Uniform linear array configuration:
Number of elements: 4
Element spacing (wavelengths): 0.5
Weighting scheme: hann
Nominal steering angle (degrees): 0
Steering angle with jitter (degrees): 0.952
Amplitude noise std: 0.05
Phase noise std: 0.05

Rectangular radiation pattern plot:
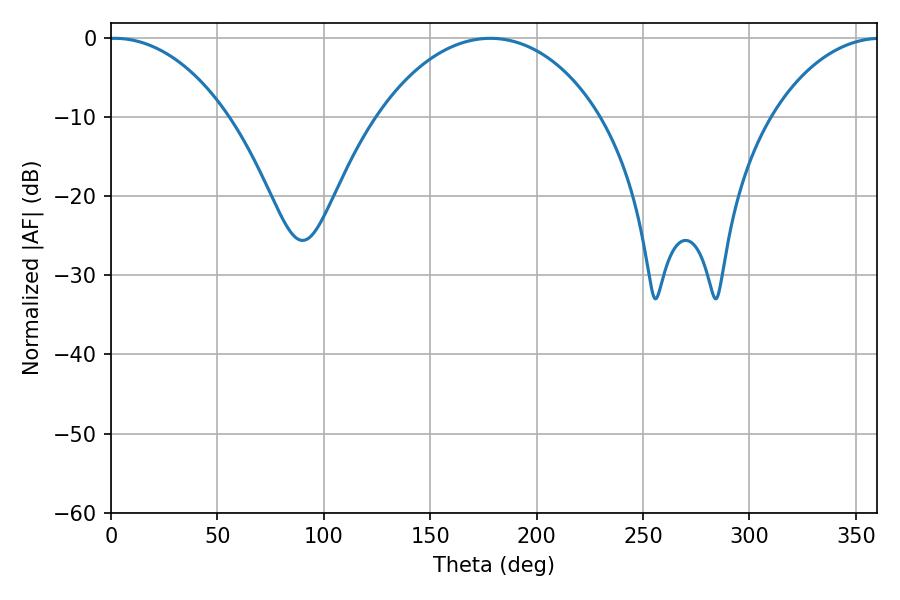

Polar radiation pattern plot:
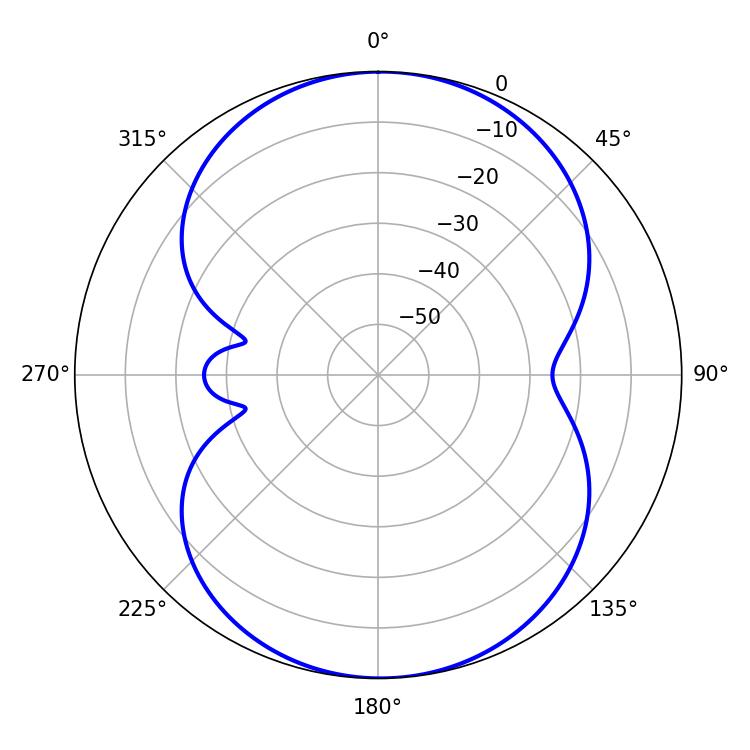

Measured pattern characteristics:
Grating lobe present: FALSE
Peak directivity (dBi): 13.713
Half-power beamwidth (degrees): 31.86
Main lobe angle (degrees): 1.8